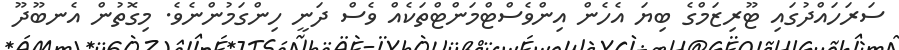
ސަރަހައްދުގައި ޓޫރިޒަމްގެ ބިޔަ އެހެން އިންވެސްޓްމަންޓްތަކެއް ވެސް ދަނީ ހިންގަމުންނެވެ. މިގޮތުން އެނބޫދޫ